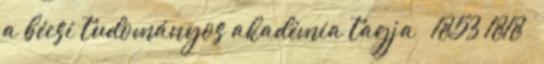
a bécsi tudományos akadémia tagja † 1853 1818 –